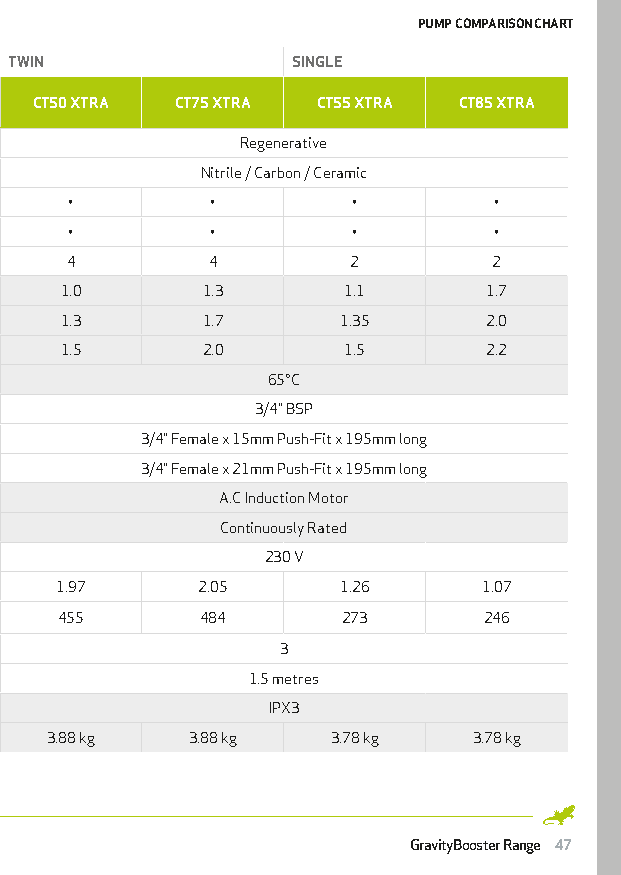
PUMP COMPARISON CHART
 TWIN              SINGLE
 CT50 XTRA CT75 XTRA CT55 XTRA CT85 XTRA
 Pump type       Regenerative
 Mechanical seal Nitrile / Carbon / Ceramic
 FEATURES Anti-vibration feet • • • •
 Inlet isolator(s) – only on ‘+’ models • • • •
 Flexible hoses 4 4     2         2
 Pressure @ 16lpm (8lpm for singles) 1.0 1.3 1.1 1.7
 Pressure @ 8lpm (4lpm for singles) 1.3 1.7 1.35 2.0
 PERFORMANCE
 Pressure @ closed head 1.5 2.0 1.5 2.2
 Maximum water temperature 65°C
 Pump connections 3/4” BSP
 CONNECTIONS Flexible hoses UK model 3/4” Female x 15mm Push-Fit x 195mm long
 Flexible hoses ROI model 3/4” Female x 21mm Push-Fit x 195mm long
 Type          A.C Induction Motor
 MOTOR
 Duty rating    Continuously Rated
 Power supply      230 V
 Current (full load) - amps 1.97 2.05 1.26 1.07
 ELECTRICAL Power consumption - watts 455 484 273 246
 Fuse rating - amps 3
 Power cable (pre-wired) 1.5 metres
 Enclosure protection (IP rating) IPX3
 PHYSICAL
 Weight (excluding hoses) 3.88 kg 3.88 kg 3.78 kg 3.78 kg
 GravityBooster Range 47